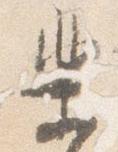
楽